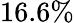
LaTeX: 16.6\%